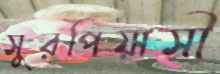
সুরপিয়াসী